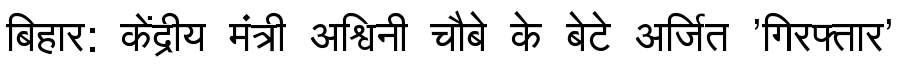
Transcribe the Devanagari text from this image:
बिहार: केंद्रीय मंत्री अश्विनी चौबे के बेटे अर्जित 'गिरफ्तार'